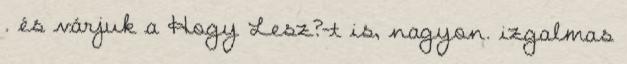
. és várjuk a Hogy Lesz?-t is, nagyon. izgalmas